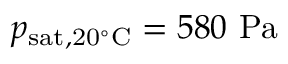
p _ { \mathrm { s a t , 2 0 ^ { \circ } C } } = 5 8 0 \ \mathrm { P a }